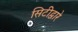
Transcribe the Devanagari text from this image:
सिटीद्वारे